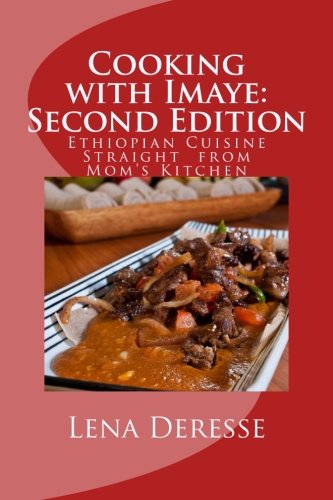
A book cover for Cooking with Imaye: Second Edition: Ethiopian Cuisine Straight from Mom's Kitchen; Lena Deresse; Cookbooks, Food & Wine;